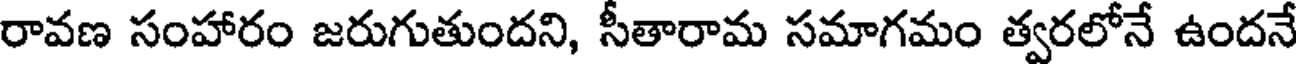
రావణ సంహారం జరుగుతుందని, సీతారామ సమాగమం త్వరలోనే ఉందనే